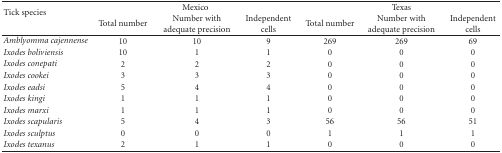
<table><thead><tr><td rowspan="2"><b>Tick species</b></td><td colspan="3"><b>Mexico</b></td><td colspan="3"><b>Texas</b></td></tr><tr><td><b>Total number</b></td><td><b>Number with adequate precision</b></td><td><b>Independent cells</b></td><td><b>Total number</b></td><td><b>Number with adequate precision</b></td><td><b>Independent cells</b></td></tr></thead><tbody><tr><td><i>Amblyomma cajennense</i></td><td>10</td><td>10</td><td>9</td><td>269</td><td>269</td><td>69</td></tr><tr><td><i>Ixodes boliviensis</i></td><td>10</td><td>1</td><td>1</td><td>0</td><td>0</td><td>0</td></tr><tr><td><i>Ixodes conepati</i></td><td>2</td><td>2</td><td>2</td><td>0</td><td>0</td><td>0</td></tr><tr><td><i>Ixodes cookei</i></td><td>3</td><td>3</td><td>3</td><td>0</td><td>0</td><td>0</td></tr><tr><td><i>Ixodes eadsi </i></td><td>5</td><td>4</td><td>4</td><td>0</td><td>0</td><td>0</td></tr><tr><td><i>Ixodes kingi</i></td><td>1</td><td>1</td><td>1</td><td>0</td><td>0</td><td>0</td></tr><tr><td><i>Ixodes marxi</i></td><td>1</td><td>1</td><td>1</td><td>0</td><td>0</td><td>0</td></tr><tr><td><i>Ixodes scapularis</i></td><td>5</td><td>4</td><td>3</td><td>56</td><td>56</td><td>51</td></tr><tr><td><i>Ixodes sculptus</i></td><td>0</td><td>0</td><td>0</td><td>1</td><td>1</td><td>1</td></tr><tr><td><i>Ixodes texanus</i></td><td>2</td><td>1</td><td>1</td><td>0</td><td>0</td><td>0</td></tr></tbody></table>